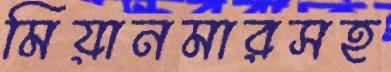
মিয়ানমারসহ